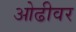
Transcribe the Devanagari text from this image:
ओढीवर